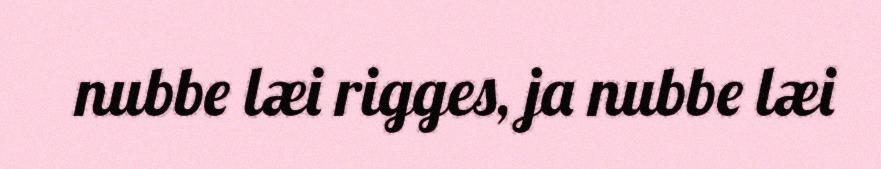
nubbe læi rigges, ja nubbe læi